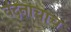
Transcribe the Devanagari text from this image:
वंदनाचाच